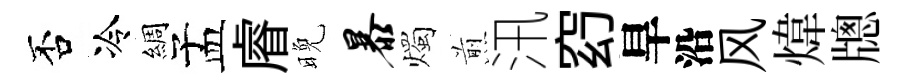
否冷綢孟𥈠晚暴燭煎汛𥥆旱沿风煒牕